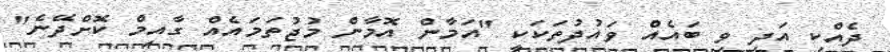
ދެއްކި އަދި ވި ބައެއް ވައުދުތަކަކީ "އަމާން އޮމާން މުޖުތަމައެއް ގާއިމް ކޮށްދޭނެ"